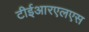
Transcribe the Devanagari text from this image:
टीईआरएलएस